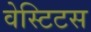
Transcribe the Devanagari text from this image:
वेस्टिटस